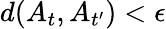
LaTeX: d(A_{t},A_{t^{\prime}})<\epsilon